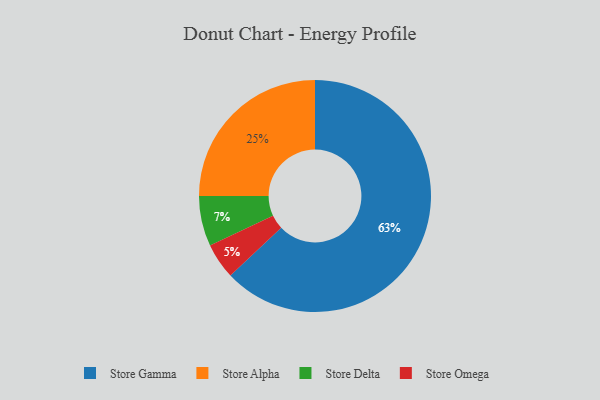
{"axis": {"x": "Category", "y": "Percentage"}, "legend": ["Store Alpha", "Store Delta", "Store Gamma", "Store Omega"], "data": [{"x": "Store Gamma", "y": 63, "type": "Store Gamma"}, {"x": "Store Delta", "y": 7, "type": "Store Delta"}, {"x": "Store Omega", "y": 5, "type": "Store Omega"}, {"x": "Store Alpha", "y": 25, "type": "Store Alpha"}]}